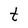
Character: t